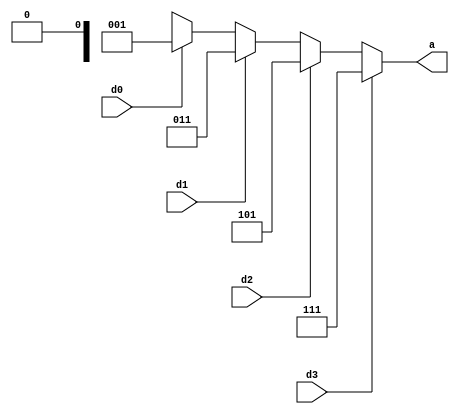
module encpc(input d0,d1,d2,d3, output reg [2:0] a);\n  assign a =  (d3 == 1) ? (3'b111) : ((d2==1) ? (3'b101) : ((d1==1) ? (3'b011) :((d0==1) ? (3'b001): (3'bxx0))));\n    endmodule